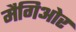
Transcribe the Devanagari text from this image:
मैगिओर